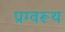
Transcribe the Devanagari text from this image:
प्रग्वरूथ